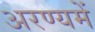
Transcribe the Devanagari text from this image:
अरण्यमें